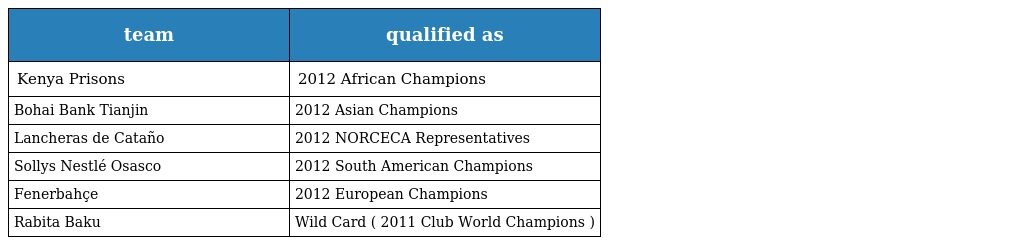
| team | qualified as |
 | --- | --- |
 | Kenya Prisons | 2012 African Champions |
 | Bohai Bank Tianjin | 2012 Asian Champions |
 | Lancheras de Cataño | 2012 NORCECA Representatives |
 | Sollys Nestlé Osasco | 2012 South American Champions |
 | Fenerbahçe | 2012 European Champions |
 | Rabita Baku | Wild Card ( 2011 Club World Champions ) |